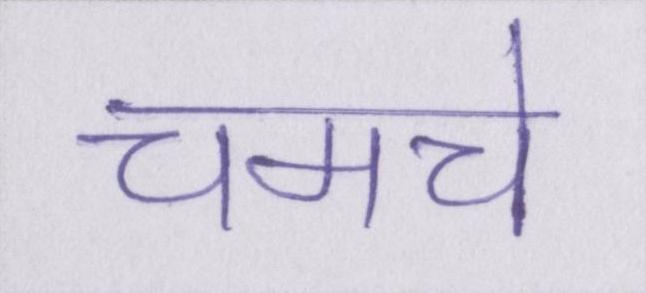
चमचे